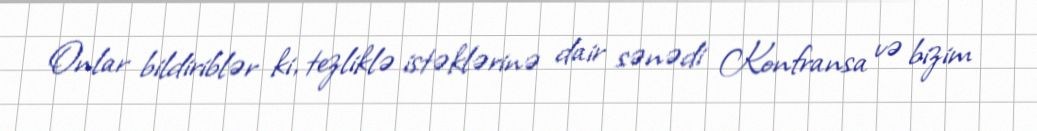
Onlar bildiriblər ki, tezliklə istəklərinə dair sənədi Konfransa və bizim